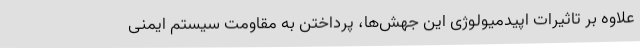
علاوه بر تاثیرات اپیدمیولوژی این جهش‌ها، پرداختن به مقاومت سیستم ایمنی